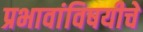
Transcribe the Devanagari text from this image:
प्रभावांविषयीचे